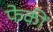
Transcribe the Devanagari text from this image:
फेकीं